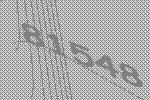
81548